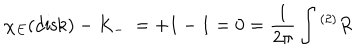
\chi _ { E } ( \mathrm { d i s k } ) - K _ { - } \ = + 1 - 1 = 0 = { \frac { 1 } { 2 \pi } } \int { } ^ { ( 2 ) } R